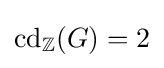
\operatorname {cd} _{\mathbb {Z} }(G)=2